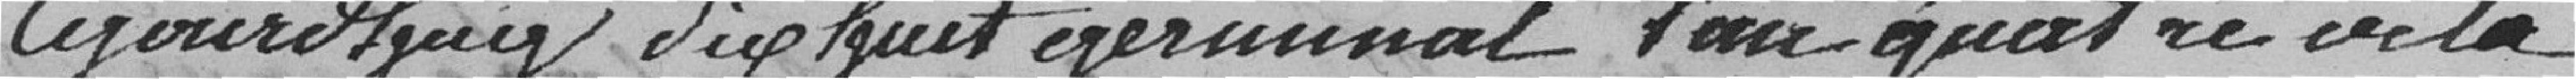
Cejourd'huy dix huit germinal l'an quatre de la